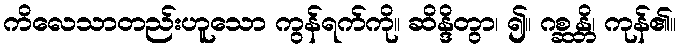
ကိလေသာတည်းဟူသော ကွန်ရက်ကို။ ဆိန္ဒိတွာ၊ ၍။ ဂစ္ဆန္တိ၊ ကုန်၏။